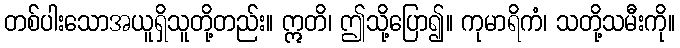
တစ်ပါးသောအယူရှိသူတို့တည်း။ ဣတိ၊ ဤသို့ပြော၍။ ကုမာရိကံ၊ သတို့သမီးကို။